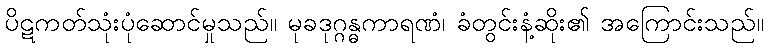
ပိဋကတ်သုံးပုံဆောင်မှုသည်။ မုခဒုဂ္ဂန္ဓကာရဏံ၊ ခံတွင်းနံ့ဆိုး၏ အကြောင်းသည်။